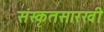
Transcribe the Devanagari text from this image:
संस्कृतसारखी